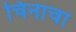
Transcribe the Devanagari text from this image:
चिनाचा